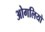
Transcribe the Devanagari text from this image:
ओगलियो